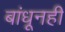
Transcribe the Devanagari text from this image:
बांधूनही